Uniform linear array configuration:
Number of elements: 16
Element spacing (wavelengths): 0.5
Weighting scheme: binomial
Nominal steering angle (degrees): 15
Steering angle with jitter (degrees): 15.539
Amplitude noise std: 0.05
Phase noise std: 0.05

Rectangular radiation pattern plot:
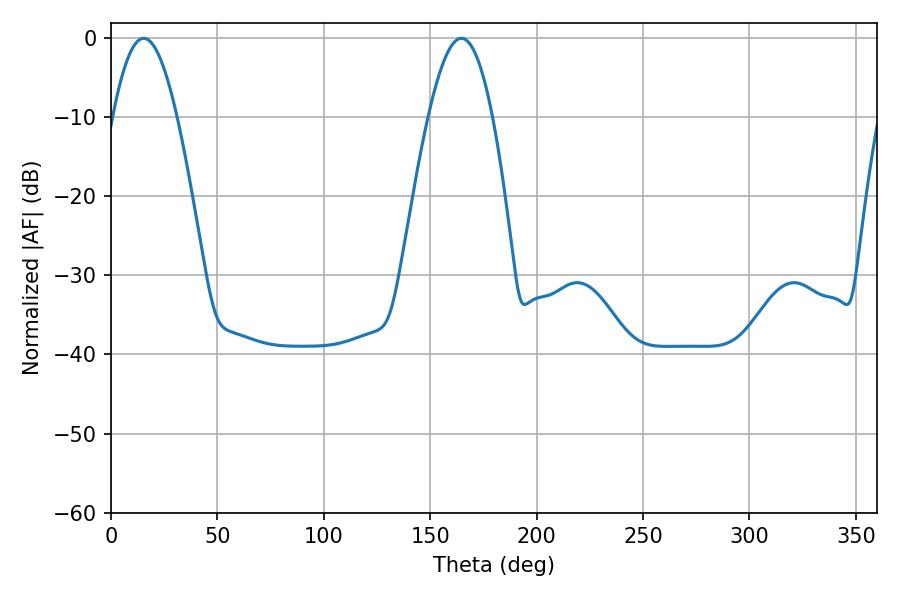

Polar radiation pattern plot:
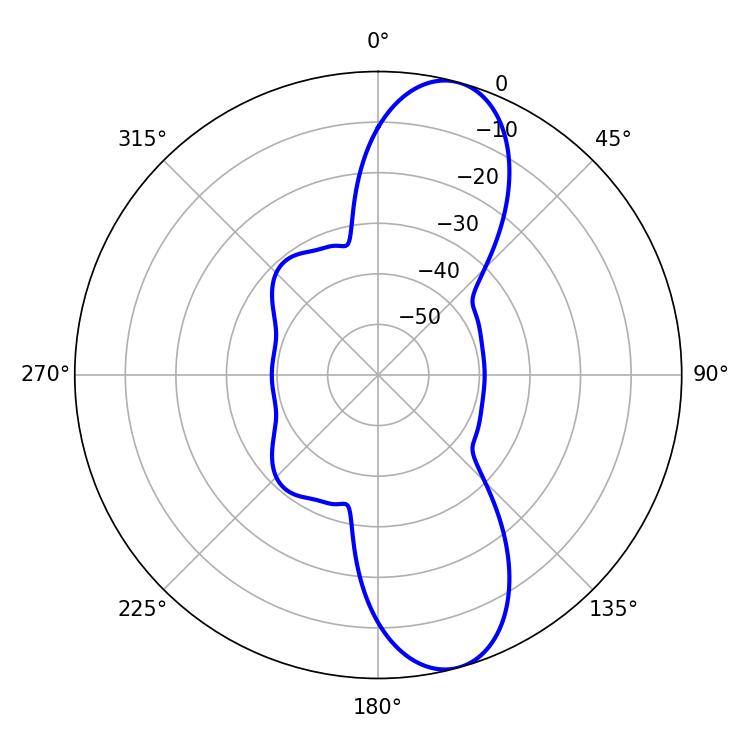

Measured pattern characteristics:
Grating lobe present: FALSE
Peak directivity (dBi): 10.822
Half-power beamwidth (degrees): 16.38
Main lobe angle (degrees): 15.3